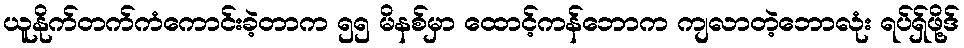
ယူနိုက်တက်ကံကောင်းခဲ့တာက ၅၅ မိနစ်မှာ ထောင့်ကန်ဘောက ကျလာတဲ့ဘောလုံး ရပ်ရှ်ဖို့ဒ်